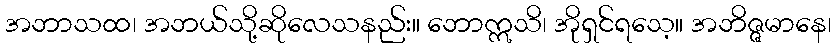
အဘာသထ၊ အဘယ်သို့ဆိုလေသနည်း။ ဘောဣသိ၊ အိုရှင်ရသေ့။ အဘိဇ္ဇမာနေ၊